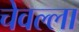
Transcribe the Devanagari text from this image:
चेवल्ला